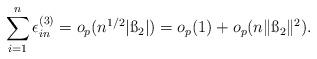
LaTeX: \begin{align*}\sum_{i=1}^n\epsilon_{in}^{(3)}= o_p(n^{1/2} |\ss_2|) = o_p(1)+o_p(n\|\ss_2\|^2).\end{align*}